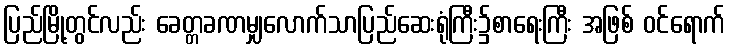
ပြည်မြို့တွင်လည်း ခေတ္တခဏမျှလောက်သာပြည်ဆေးရုံကြီး၌စာရေးကြီး အဖြစ် ဝင်ရောက်